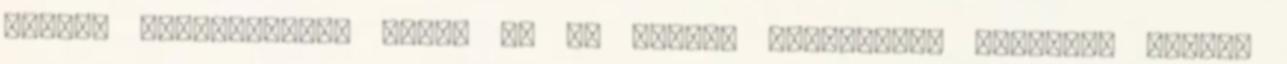
kezdik árnyaltabban látni őt és művét. Gyöngekezű uralkodó aligha